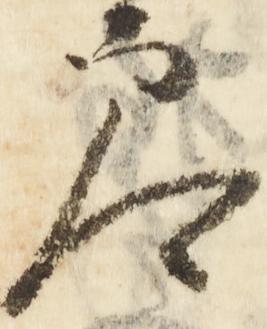
参